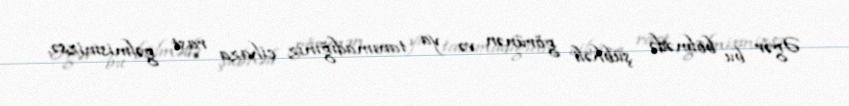
Əgər bu bölmədə şübhəli görünən və ya tanımadığınız cihaza rast gəlmisinizsə,